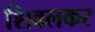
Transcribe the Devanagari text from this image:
शिवलकर